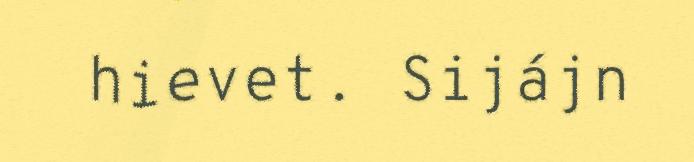
hievet. Sijájn